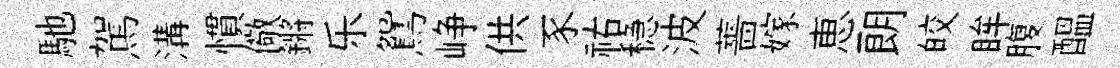
馳駕溝慣儆鏘乐鴛峥供豕祐稳波薔嫁恵朗皎眸腹醖